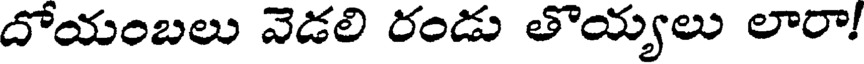
దోయంబలు వెడలి రండు తొయ్యలు లారా!